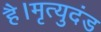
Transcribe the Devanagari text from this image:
है।मृत्युदंड